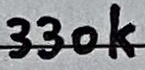
Text: 330k